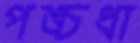
পঙ্চধা